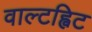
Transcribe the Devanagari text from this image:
वाल्टह्विट